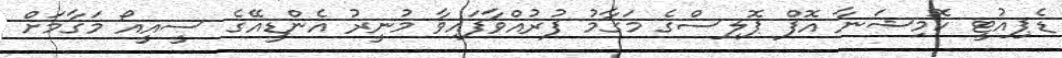
ޑެޕިއުޓީ ކޮމިޝަނާ އޮފް ޕޮލިސްގެ މަގާމު ފުރުއްވާފައިވާ މުނީރު އެންޑީއޭގެ ސީއީއޯ މަގާމަށް